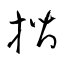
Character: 揩